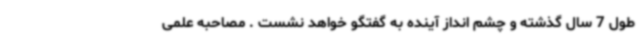
طول 7 سال گذشته و چشم انداز آینده به گفتگو خواهد نشست . مصاحبه علمی